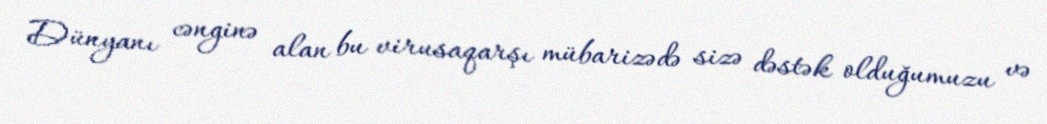
Dünyanı cənginə alan bu virusaqarşı mübarizədə sizə dəstək olduğumuzu və